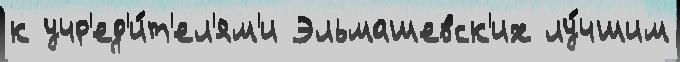
к учр'ед'и́т'ел'ям'и Эльмашевск'их лу́чшим